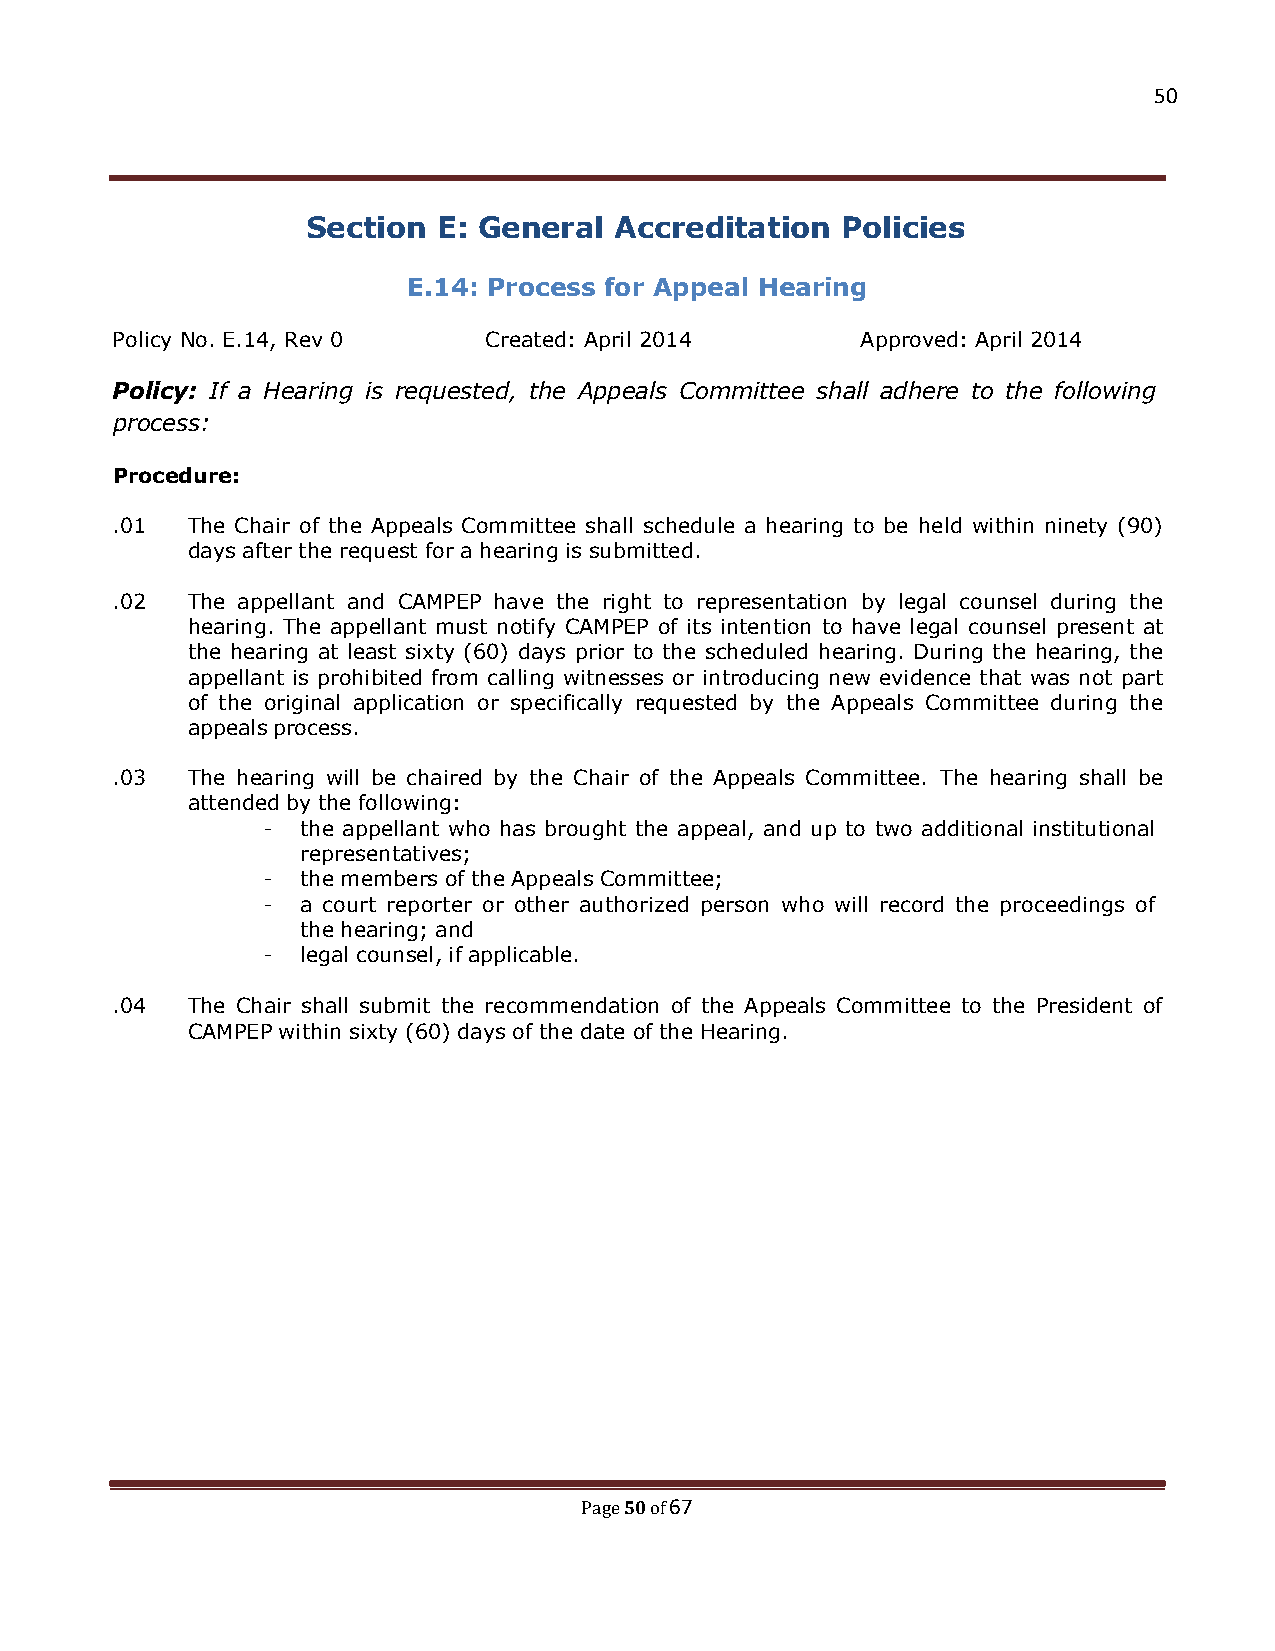
50
 Section  E: General  Accreditation  Policies
 E.14: Process for Appeal Hearing
 Policy No. E.14, Rev 0   Created: April 2014      Approved: April 2014
 Policy: If a Hearing is requested, the Appeals Committee shall adhere to the following
 process:
 Procedure:
 .01  The Chair of the Appeals Committee shall schedule a hearing to be held within ninety (90)
 days after the request for a hearing is submitted.
 .02  The appellant and CAMPEP have the right to representation by legal counsel during the
 hearing. The appellant must notify CAMPEP of its intention to have legal counsel present at
 the hearing at least sixty (60) days prior to the scheduled hearing. During the hearing, the
 appellant is prohibited from calling witnesses or introducing new evidence that was not part
 of the original application or specifically requested by the Appeals Committee during the
 appeals process.
 .03  The hearing will be chaired by the Chair of the Appeals Committee. The hearing shall be
 attended by the following:
 -  the appellant who has brought the appeal, and up to two additional institutional
 representatives;
 -  the members of the Appeals Committee;
 -  a court reporter or other authorized person who will record the proceedings of
 the hearing; and
 -  legal counsel, if applicable.
 .04  The Chair shall submit the recommendation of the Appeals Committee to the President of
 CAMPEP within sixty (60) days of the date of the Hearing.
 50 67
 Page of